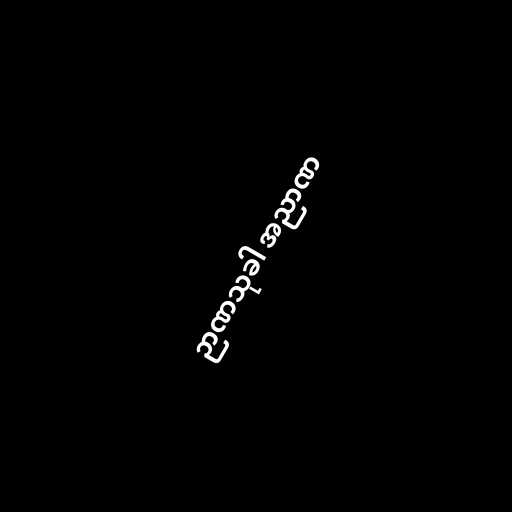
ဉာဏသုခါ အညာဏ